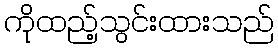
ကိုထည့်သွင်းထားသည်